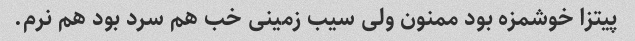
پیتزا خوشمزه بود ممنون ولی سیب زمینی خب هم سرد بود هم نرم.